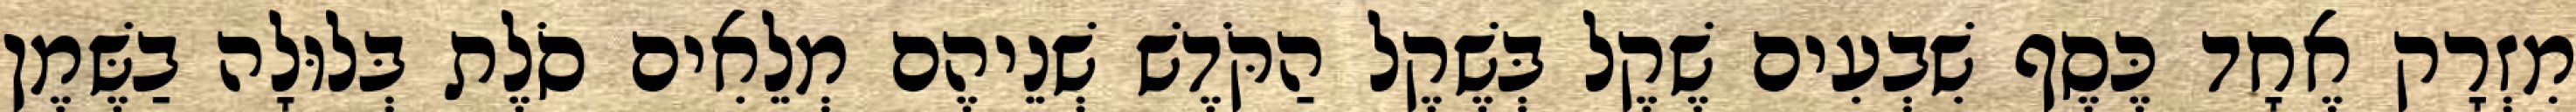
מִזְרָק אֶחָד כֶּסֶף שִׁבְעִים שֶׁקֶל בְּשֶׁקֶל הַקֹּדֶשׁ שְׁנֵיהֶם מְלֵאִים סֹלֶת בְּלוּלָה בַשֶּׁמֶן